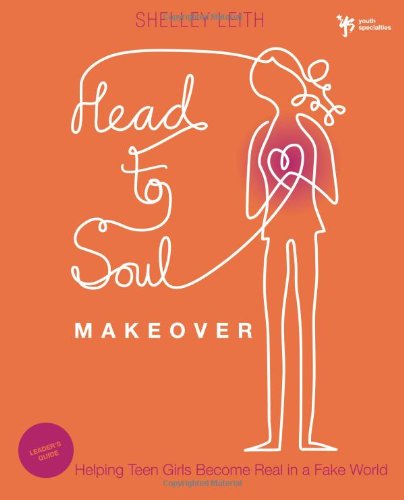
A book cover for Head-to-Soul Makeover Leader's Guide: Helping Teen Girls Become Real in a Fake World (Youth Specialties); Shelley Leith; Christian Books & Bibles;